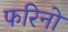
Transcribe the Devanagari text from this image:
फरिनो